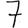
Digit: 7